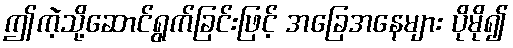
ဤကဲ့သို့ဆောင်ရွက်ခြင်းဖြင့် အခြေအနေများ ပိုမို၍